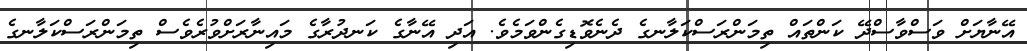
އޭނާޔަށް ވަސްވާސްދޭ ކަންތައް ތިމަންރަސްކަލާނގެ ދެނެވޮޑިގެންވަމެވެ. އަދި އޭނާގެ ކަނދުރާގެ މައިނާރަށްވުރެވެސް ތިމަންރަސްކަލާނގެ